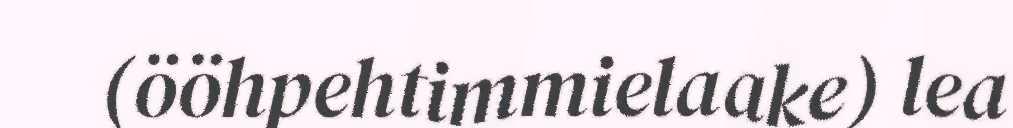
(ööhpehtimmielaake) lea